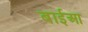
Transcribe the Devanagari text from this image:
बाईआ